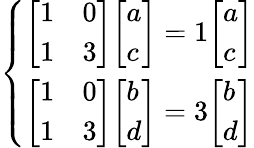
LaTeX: {\left\{ \begin{array}{ll}{{\left[\begin{array}{ll}{1}&{0}\\ {1}&{3}\end{array}\right]}{\left[\begin{array}{l}{a}\\ {c}\end{array}\right]}=1{\left[\begin{array}{l}{a}\\ {c}\end{array}\right]}}\\ {{\left[\begin{array}{ll}{1}&{0}\\ {1}&{3}\end{array}\right]}{\left[\begin{array}{l}{b}\\ {d}\end{array}\right]}=3{\left[\begin{array}{l}{b}\\ {d}\end{array}\right]}}\end{array}\right.}